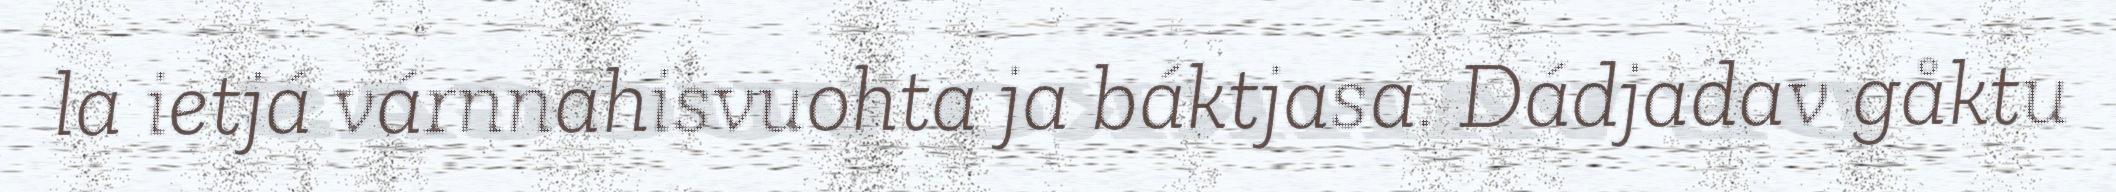
la ietjá várnnahisvuohta ja báktjasa. Dádjadav gåktu